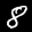
Label: 8